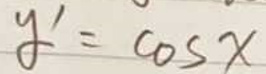
\[
y' = \cos x
\]